King Institute of Preventive Medicine Micro-Biological Section reports 1909-11
Year: 1909
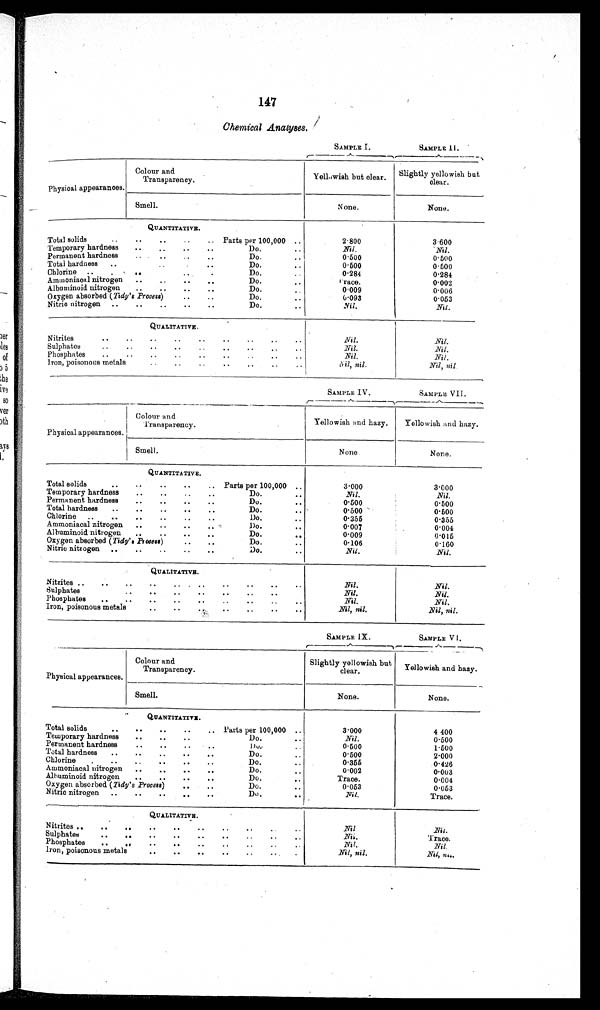
147
Chemical Analyses.
SAMPLE I.
SAMPLE II.
Physical appearances.
Colour and
Tr anspar ency.
Yellowish but clear
Slightly yellowish but
clear.
Smell.
None.
None.
QUANTITATIVE.
Total solids
Parts per 100,000
2.800
3.600
Temporary hardness
Do.
Nil.
Nil.
Permanent hardness
Do.
0.500
0.500
Total hardness
Do.
0.500
0.500
Chlorine
Do.
0.284
0.284
Ammoniacal nitrogen
Do.
Trace
0.002
Albuminoid nitrogen
Do.
0.009
0.006
Oxygen absorbed (Tidy'sProcess)
Do.
0.093
0.053
Nitric nitrogen
Do.
Nil.
Nil.
QUALITATIVE.
Nitrites
Nil.
Nil.
Sulphates
Nil.
Nil.
Phosphates
Nil.
Nil.
Iron, poisonous metals
Nil, nil.
Nil, nil
SAMPLE IV.
S A M P L E V I I .
Physical appearances.
Colour and
Transparency
Yellowish and hazy.
Yellowish and hazy
Smell.
None.
None.
QUANTITATIVE.
Total solids.
Parts per 100,000
3.000
3.000
Temporary hardness
Do.
Nil.
Nil.
Permanent hardness
Do.
0.500
0.500
Total hardness
Do.
0.500
0.500
Chlorine
Do.
0.355
0.355
Ammoniacal nitrogen
Do.
0.007
0.00
4
Albuminoid nitrogen
Do.
0.009
0.015
Oxygen absorbed
(Tidy's Process)
Do.
0.106
0.160
Nitric nitrogen
Do.
Nil.
Nil.
QUALITATIVE.
Nitrites
Nil.
Nil.
Sulphates
Nil.
Nil.
Phosphates
Nil.
Nil.
Iron, poisonous metals
Nil
, nil.
Nil, nil.
SAMPLE IX.
SAMPLE VI.
Physical appearances
Colour and
Transparency.
Slightly yellowish but
clear.
Yellowish and hazy.
Smell.
None.
None.
QUANTITATIVE.
Total solids
Parts per 100,000
3.000
4.400
Temporary hardness
Do.
Nil.
0.500
Permanent hardness
Do.
0.500
1.500
Total hardness
Do.
0.500
2.000
Chlorine
Do.
0.355
0.426
Ammoniacal nitrogen
Do.
0.002
0.003
Albuminoid nitrogen
Do.
Trace.
0.004
Oxygen absorbed (Tidy's Process)
Do.
0.053
0.053
Nitric nitrogen
Do.
Nil.
Trace.
QUALITATIVE.
Nitrites
Nil.
Nil.
Sulphates
Nil.
Trace.
Phosphates
Nil.
Nil.
Iron, poisonous metals
Nil, nil.
Nil, nil.